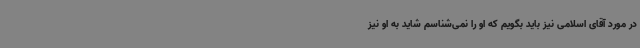
در مورد آقای اسلامی نیز باید بگویم که او را نمی‌شناسم شاید به او نیز